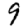
Digit: 9